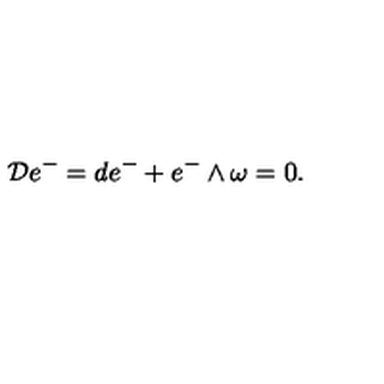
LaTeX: { \cal D } e ^ { - } = d e ^ { - } + e ^ { - } \wedge \omega = 0 .